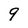
Character: 9